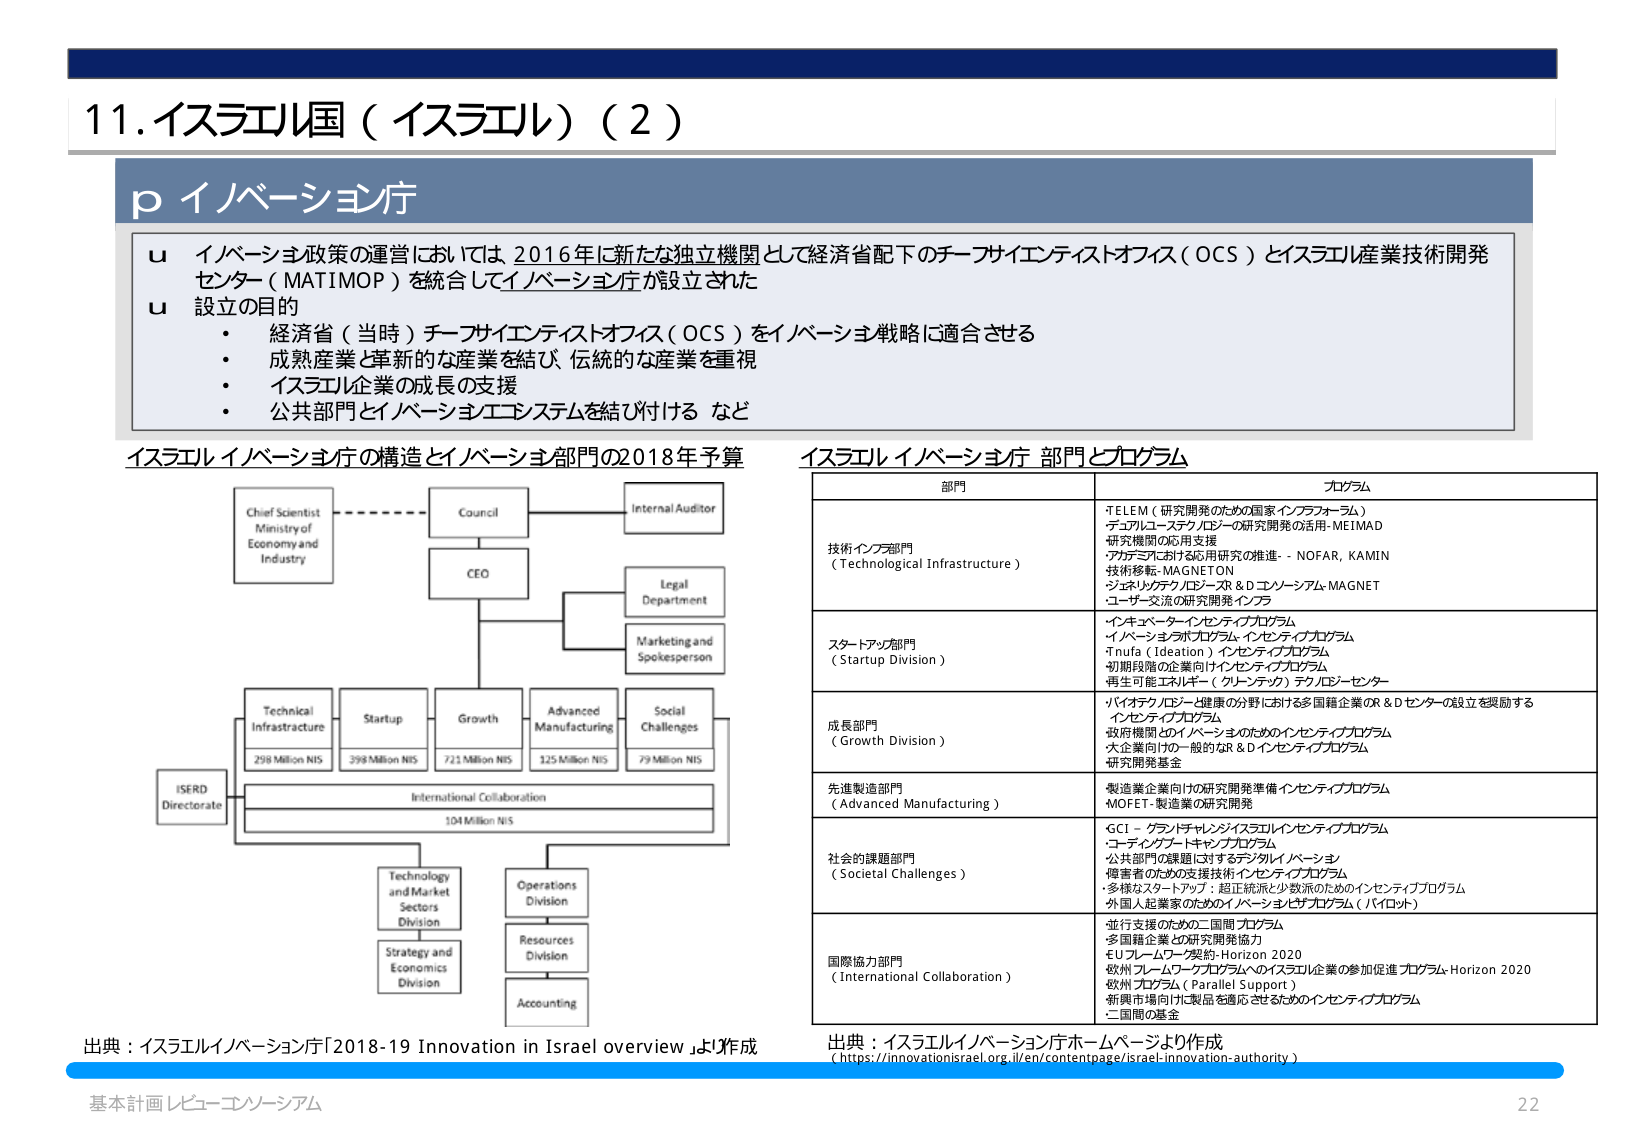
11. イスラエル国（イスラエル）（2）

p イノベーション庁

u イノベーション政策の運営においては 2016年に新たな独立機関として経済省配下のチーフサイエンティストオフィス（OCS）とイスラエル産業技術開発センター（MATIMOP）を統合してイノベーション庁が設立された

u 設立の目的
・ 経済省（当時）チーフサイエンティストオフィス（OCS）をイノベーション戦略に適合させる
・ 成熟産業と革新的な産業を結び、伝統的な産業を重視
・ イスラエル企業の成長の支援
・ 公共部門とイノベーションエコシステムを結び付ける など

イスラエルイノベーション庁の構造とイノベーション部門の2018年予算

Chief Scientist
Ministry of
Economy and
Industry

Council

Internal Auditor

CEO

Legal Department

Marketing and
Spokesperson

Technical
Infrastructure
298 Million NIS

Startup
398 Million NIS

Growth
721 Million NIS

Advanced
Manufacturing
125 Million NIS

Social
Challenges
79 Million NIS

ISERD
Directorate

International Collaboration
104 Million NIS

Technology
and Market
Sectors Division

Operations
Division

Strategy and
Economics Division

Resources
Division

Accounting

出典：イスラエルイノベーション庁「2018-19 Innovation in Israel overview」より作成

イスラエルイノベーション庁 部門とプログラム

部門 プログラム

技術インフラ部門
（Technological Infrastructure）
・TELEM（研究開発のための国家インフラフォーラム）
・デュアルユーステクノロジーの研究開発の活用-MEIMAD
・研究機関の応用支援
・アカデミアにおける応用研究の推進 - NOFAR, KAMIN
・技術移転-MAGNETON
・ジェネリックテクノロジーXR & D コノーシアム-MAGNET
・ユーザー交流の研究開発インフラ

スタートアップ部門
（Startup Division）
・インキュベーターアイデアプログラム
・イノベーションラボプログラム・インセンティブプログラム
・Tnufa（Ideation）インセンティブプログラム
・初期段階の企業向けインセンティブプログラム
・再生可能エネルギー（グリーンテック）テクノロジーセンター

成長部門
（Growth Division）
・ハイテク・IT・ロボット・健康の分野における多国籍企業OR R&Dセンターの設立を奨励するインセンティブプログラム
・政府機関とのイノベーションのためのインセンティブプログラム
・大企業向けの一般的なR&Dインセンティブプログラム
・研究開発基金

先進製造部門
（Advanced Manufacturing）
・製造業企業向けの研究開発準備インセンティブプログラム
・MOFET・製造業の研究開発

社会的課題部門
（Societal Challenges）
・GCI - グローバルチャレンジイスラエルインセンティブプログラム
・コーディングブートキャンププログラム
・公共部門の課題に対するデジタルイノベーション
・障害者たちのための支援技術インセンティブプログラム
・多様なスタートアップ：超正統派と少数民族のためのインセンティブプログラム
・外国人起業家のためのイノベーションプログラム（パイロット）

国際協力部門
（International Collaboration）
・並行支援のための二国間プログラム
・多国籍企業と研究開発協力
・EUフレームワーク契約-Horizon 2020
・欧州フレームワークプログラムへのイスラエル企業の参加促進プログラム-Horizon 2020
・欧州プログラム（Parallel Support）
・新興市場向けに製品を適応させるためのインセンティブプログラム
・二国間の基金

出典：イスラエルイノベーション庁ホームページより作成
（https://innovationisrael.org.il/en/contentpage/israel-innovation-authority）

基本計画レビュー・コンソーシアム
22